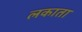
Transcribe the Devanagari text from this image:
लकाता